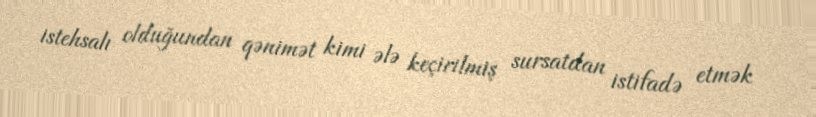
istehsalı olduğundan qənimət kimi ələ keçirilmiş sursatdan istifadə etmək